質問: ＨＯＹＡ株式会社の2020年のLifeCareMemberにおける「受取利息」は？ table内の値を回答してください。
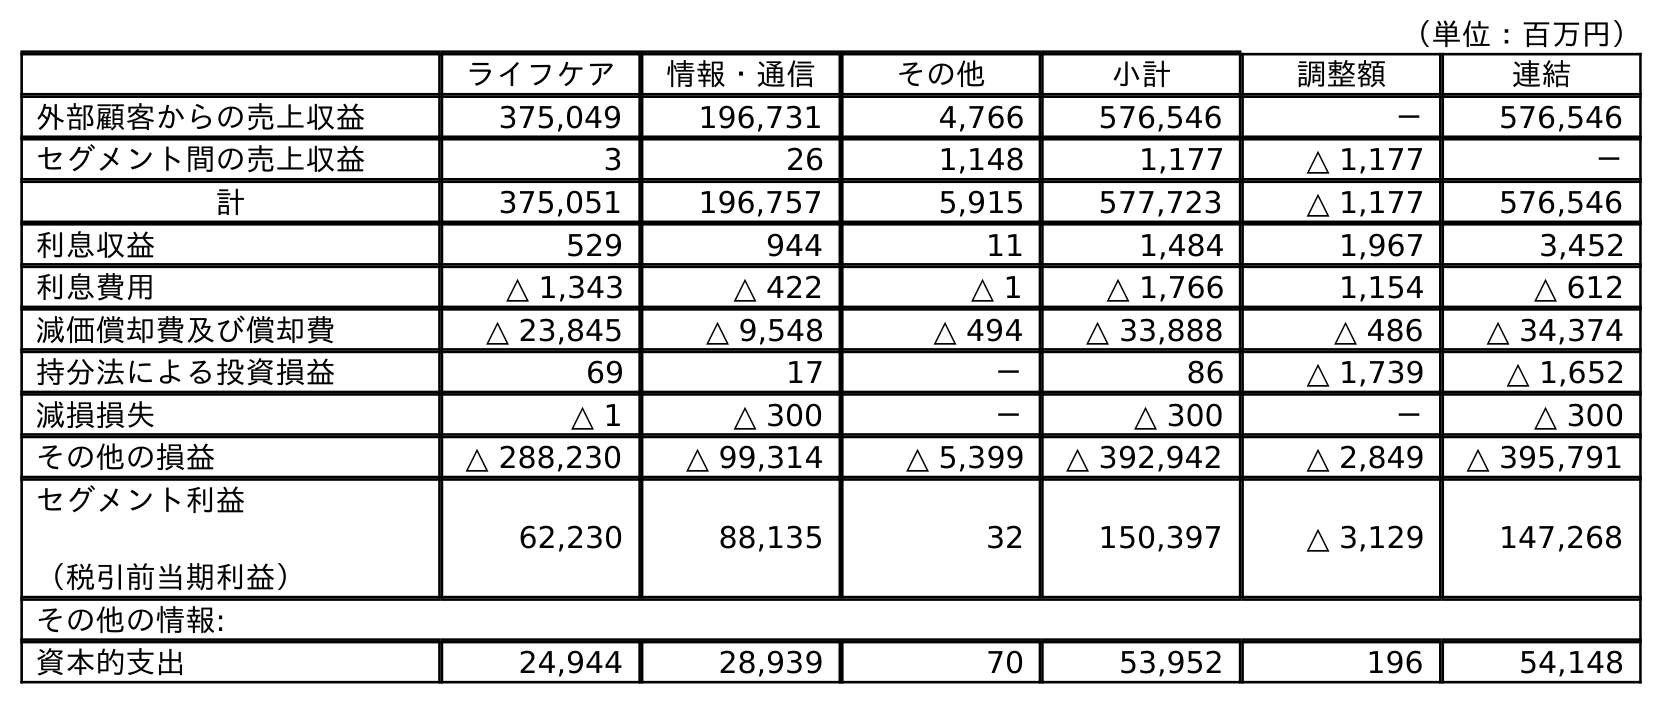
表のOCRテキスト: （単位：百万円） ライフケア 情報・通信 その他 小計 調整額 連結 外部顧客からの売上収益 375,049 196,731 4,766 576,546 － 576,546 セグメント間の売上収益 3 26 1,148 1,177 △ 1,177 － 計 375,051 196,757 5,915 577,723 △ 1,177 576,546 利息収益 529 944 11 1,484 1,967 3,452 利息費用 △ 1,343 △ 422 △ 1 △ 1,766 1,154 △ 612 減価償却費及び償却費 △ 23,845 △ 9,548 △ 494 △ 33,888 △ 486 △ 34,374 持分法による投資損益 69 17 － 86 △ 1,739 △ 1,652 減損損失 △ 1 △ 300 － △ 300 － △ 300 その他の損益 △ 288,230 △ 99,314 △ 5,399 △ 392,942 △ 2,849 △ 395,791 セグメント利益 （税引前当期利益） 62,230 88,135 32 150,397 △ 3,129 147,268 その他の情報: 資本的支出 24,944 28,939 70 53,952 196 54,148
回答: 529